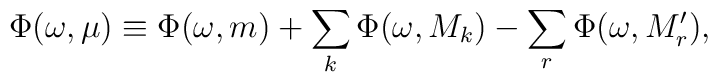
\Phi(\omega,\mu)\equiv\Phi(\omega,m)+\sum_k \Phi(\omega,M_k) -\sum_r \Phi(\omega,M'_r),